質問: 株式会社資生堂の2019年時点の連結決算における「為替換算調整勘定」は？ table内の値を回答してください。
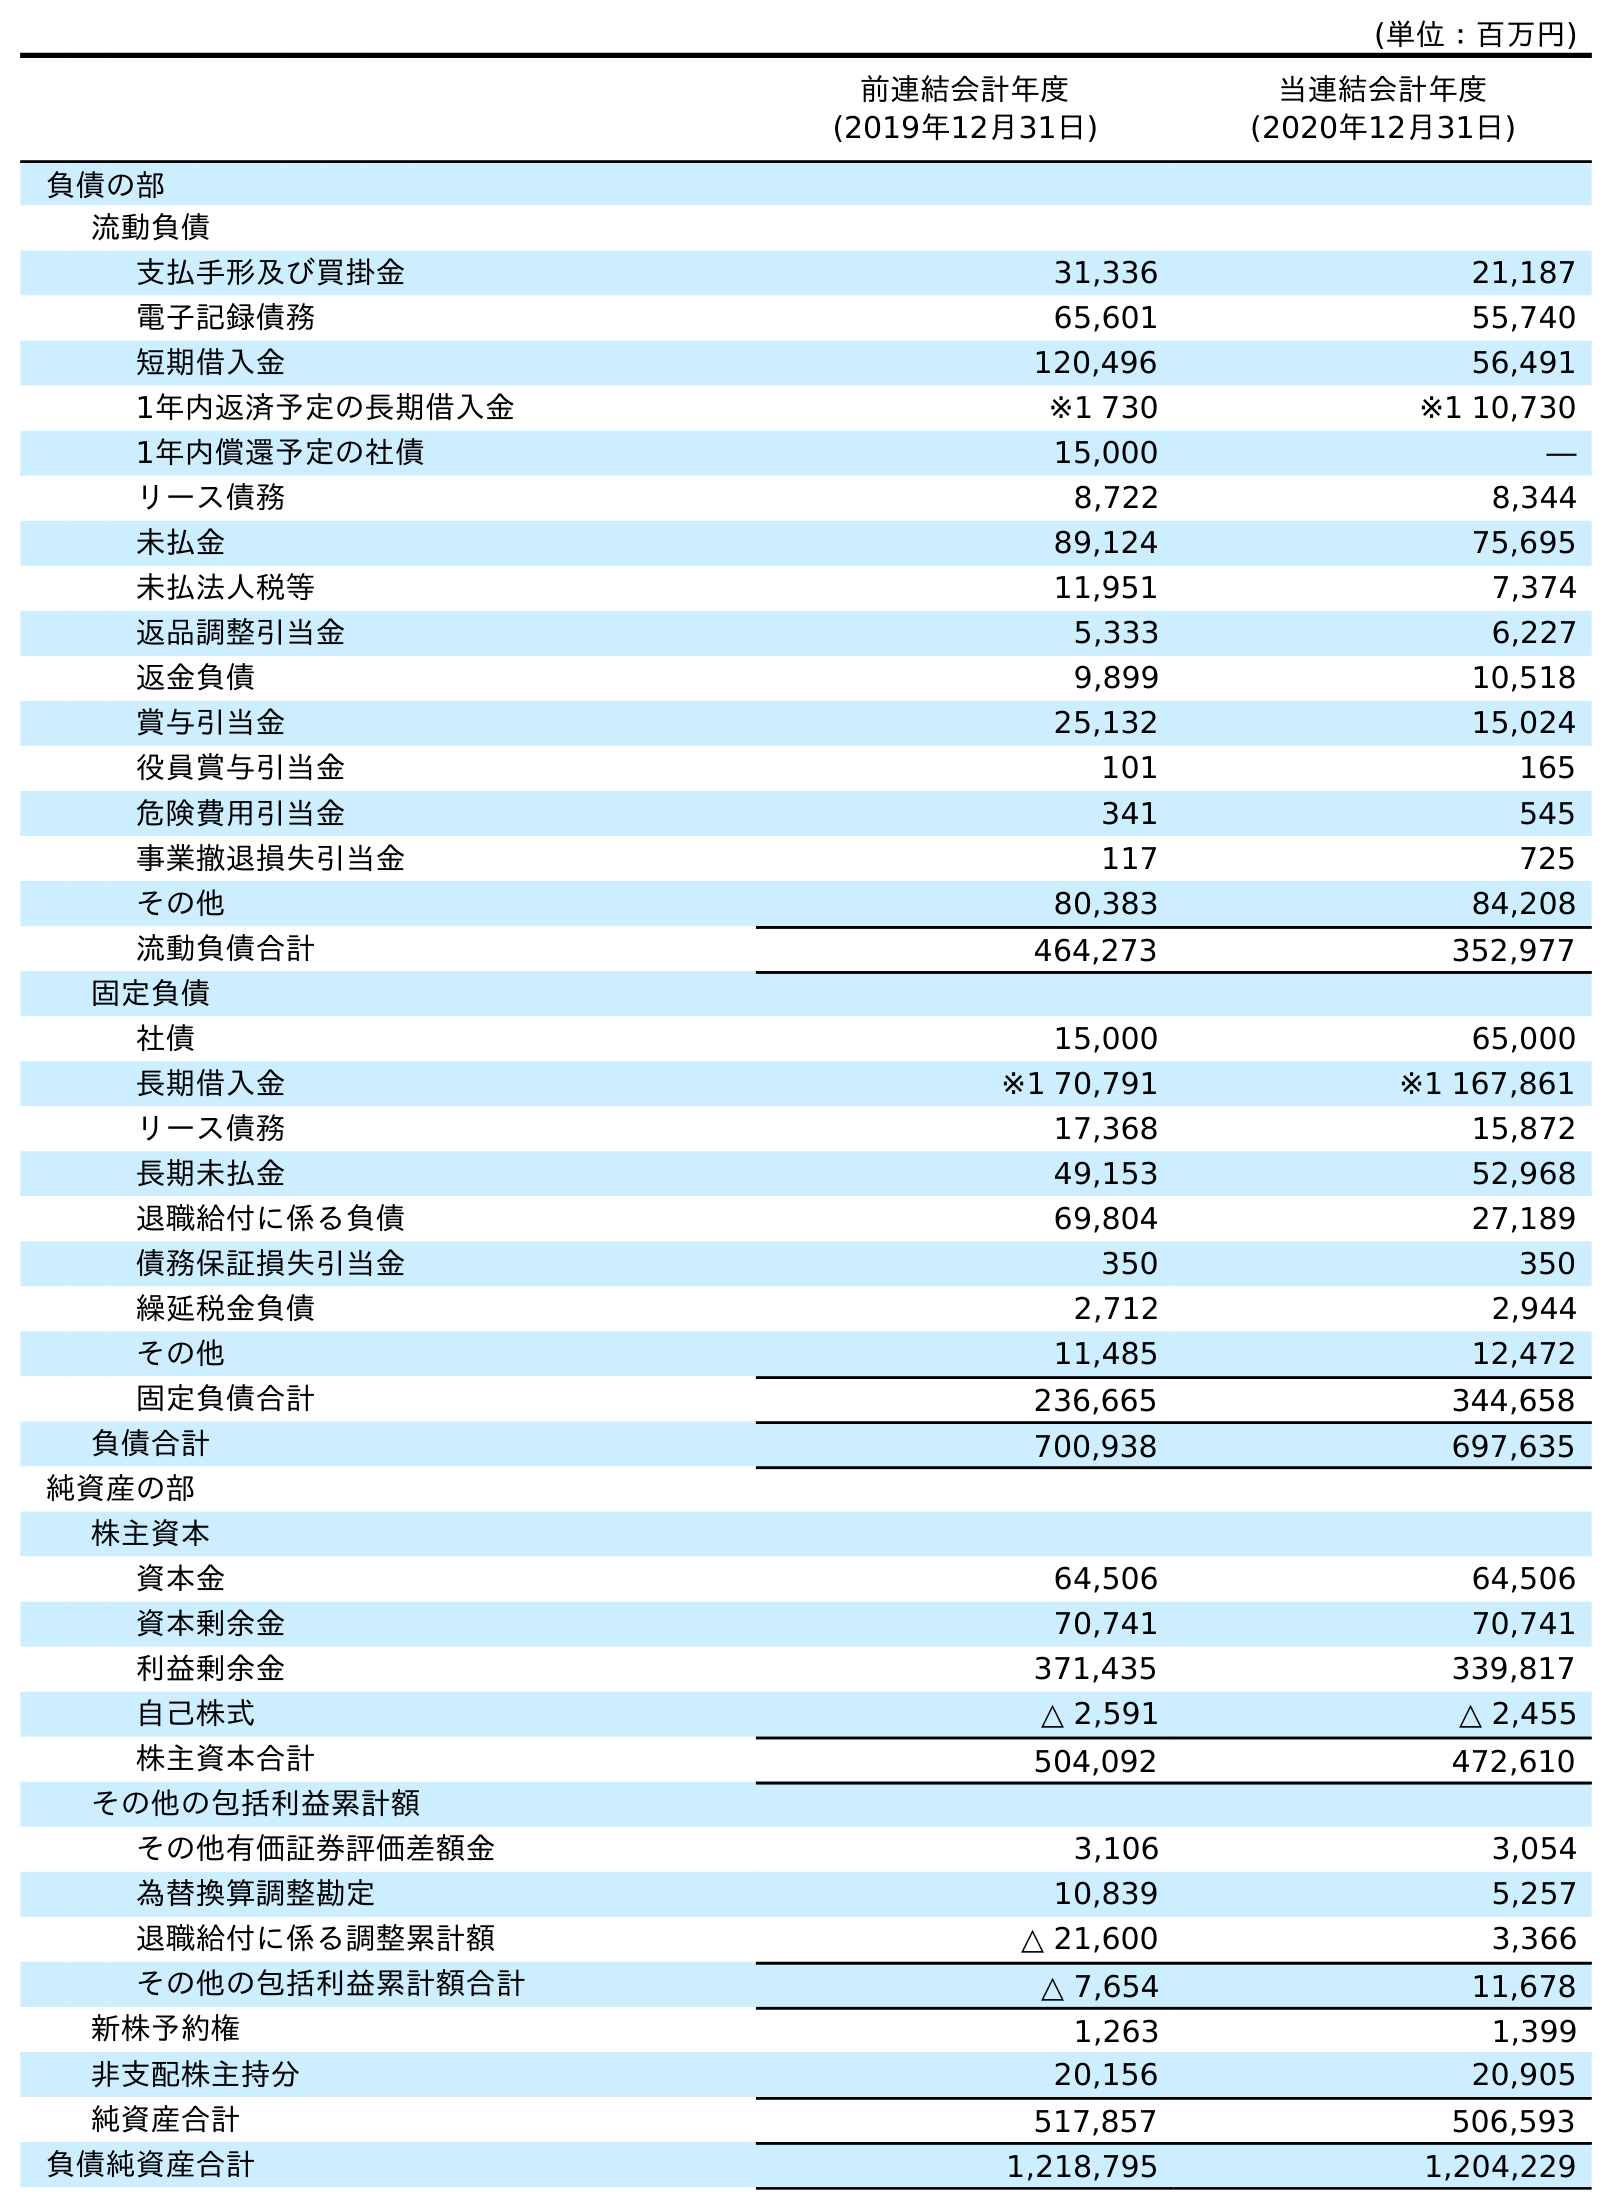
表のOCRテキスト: (単位：百万円) 前連結会計年度 (2019年12月31日) 当連結会計年度 (2020年12月31日) 負債の部 流動負債 支払手形及び買掛金 31,336 21,187 電子記録債務 65,601 55,740 短期借入金 120,496 56,491 1年内返済予定の長期借入金 ※1 730 ※1 10,730 1年内償還予定の社債 15,000 ― リース債務 8,722 8,344 未払金 89,124 75,695 未払法人税等 11,951 7,374 返品調整引当金 5,333 6,227 返金負債 9,899 10,518 賞与引当金 25,132 15,024 役員賞与引当金 101 165 危険費用引当金 341 545 事業撤退損失引当金 117 725 その他 80,383 84,208 流動負債合計 464,273 352,977 固定負債 社債 15,000 65,000 長期借入金 ※1 70,791 ※1 167,861 リース債務 17,368 15,872 長期未払金 49,153 52,968 退職給付に係る負債 69,804 27,189 債務保証損失引当金 350 350 繰延税金負債 2,712 2,944 その他 11,485 12,472 固定負債合計 236,665 344,658 負債合計 700,938 697,635 純資産の部 株主資本 資本金 64,506 64,506 資本剰余金 70,741 70,741 利益剰余金 371,435 339,817 自己株式 △ 2,591 △ 2,455 株主資本合計 504,092 472,610 その他の包括利益累計額 その他有価証券評価差額金 3,106 3,054 為替換算調整勘定 10,839 5,257 退職給付に係る調整累計額 △ 21,600 3,366 その他の包括利益累計額合計 △ 7,654 11,678 新株予約権 1,263 1,399 非支配株主持分 20,156 20,905 純資産合計 517,857 506,593 負債純資産合計 1,218,795 1,204,229
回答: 10,839